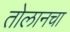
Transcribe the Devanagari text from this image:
तोलानचा